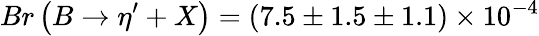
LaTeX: Br\left(B\rightarrow\eta^{\prime}+X\right)=(7.5\pm 1.5\pm 1.1)\times 10^{-4}